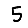
Digit: 5